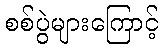
စစ်ပွဲများကြောင့်